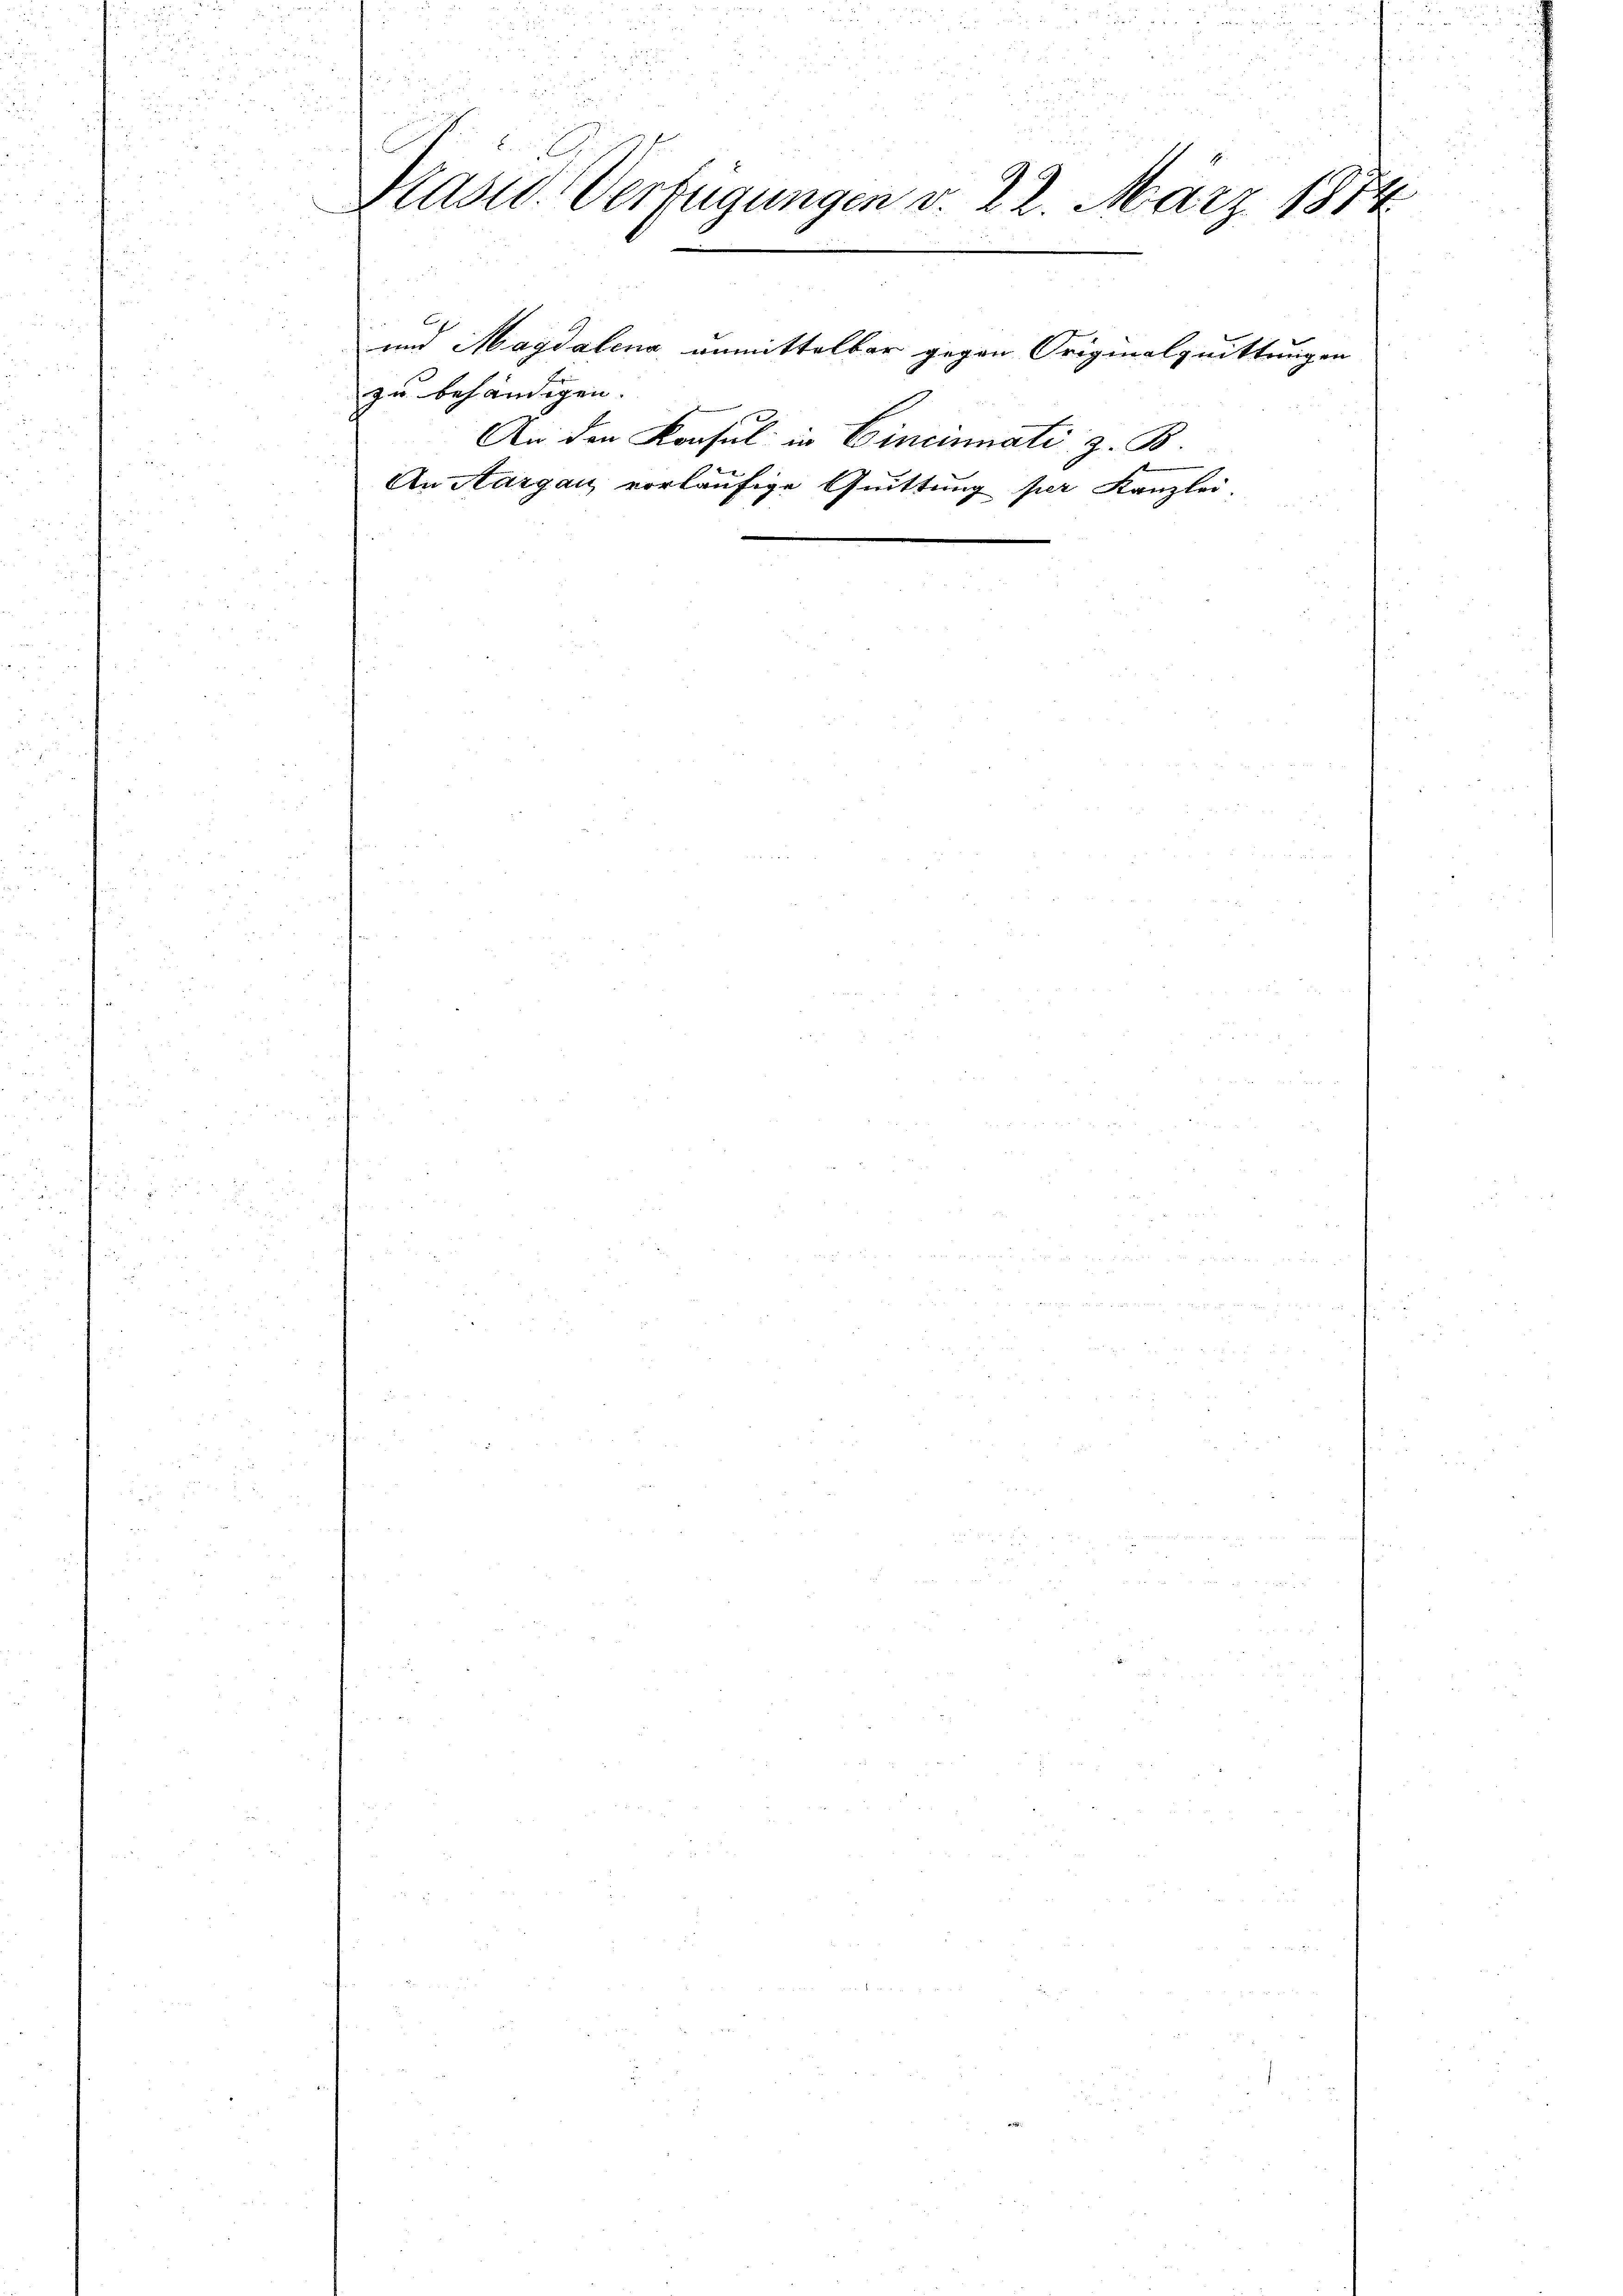
Präsid. Verfügungen d. 22. März 1874
und Magdalena unmittelbar gegen Originalquittungen
zu behändigen.
An den Konsul in Cincinati z. B.
An Aargau, vorläufige Quittung per Kanzlei